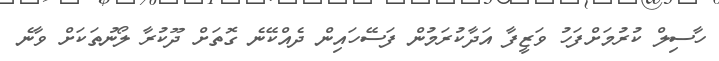
ހާސިލް ކުރުމަށްފަހު ވަޒީފާ އަދާކުރަމުން ފަސޭހައިން ދެއްކޭނެ ގޮތަށް ދޫކުރާ ލޯނުތަކަށް ވާނެ